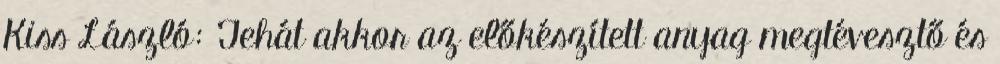
Kiss László: Tehát akkor az előkészített anyag megtévesztő és